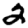
Digit: 2